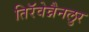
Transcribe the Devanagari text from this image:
तिरॅवेन्नैनलुर